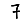
Digit: 7